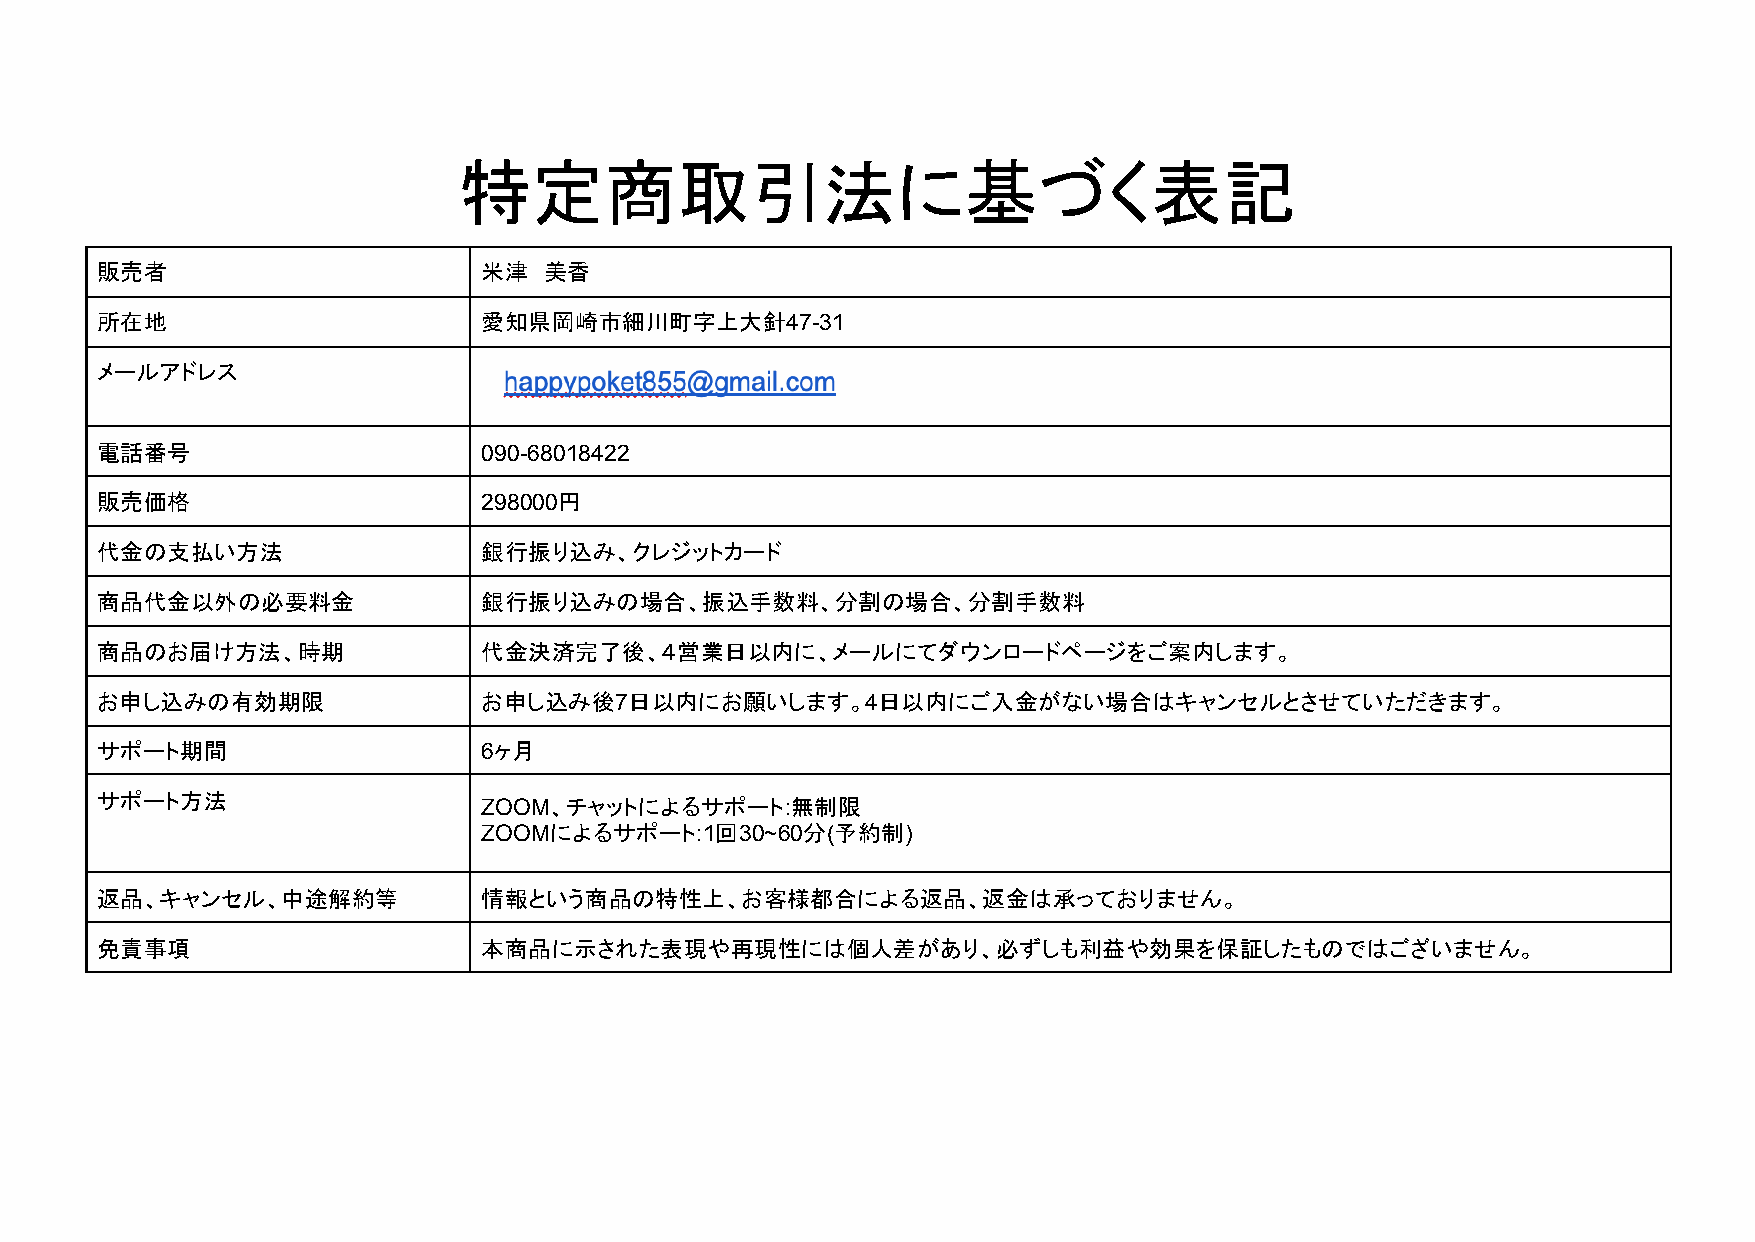
特定商取引法に基づく表記
 販売者                       米津  美香
 所在地                       愛知県岡崎市細川町字上大針47-31
 メールアドレス
 電話番号                      090-68018422
 販売価格                      298000円
 代金の支払い方法                  銀行振り込み、クレジットカード
 商品代金以外の必要料金               銀行振り込みの場合、振込手数料、分割の場合、分割手数料
 商品のお届け方法、時期               代金決済完了後、４営業日以内に、メールにてダウンロードページをご案内します。
 お申し込みの有効期限                お申し込み後7日以内にお願いします。4日以内にご入金がない場合はキャンセルとさせていただきます。
 サポート期間                    6ヶ月
 サポート方法                    ZOOM、チャットによるサポート:無制限
 ZOOMによるサポート:1回30~60分(予約制)
 返品、キャンセル、中途解約等            情報という商品の特性上、お客様都合による返品、返金は承っておりません。
 免責事項                      本商品に示された表現や再現性には個人差があり、必ずしも利益や効果を保証したものではございません。